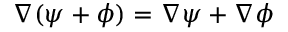
\nabla ( \psi + \phi ) = \nabla \psi + \nabla \phi